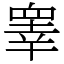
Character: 睾